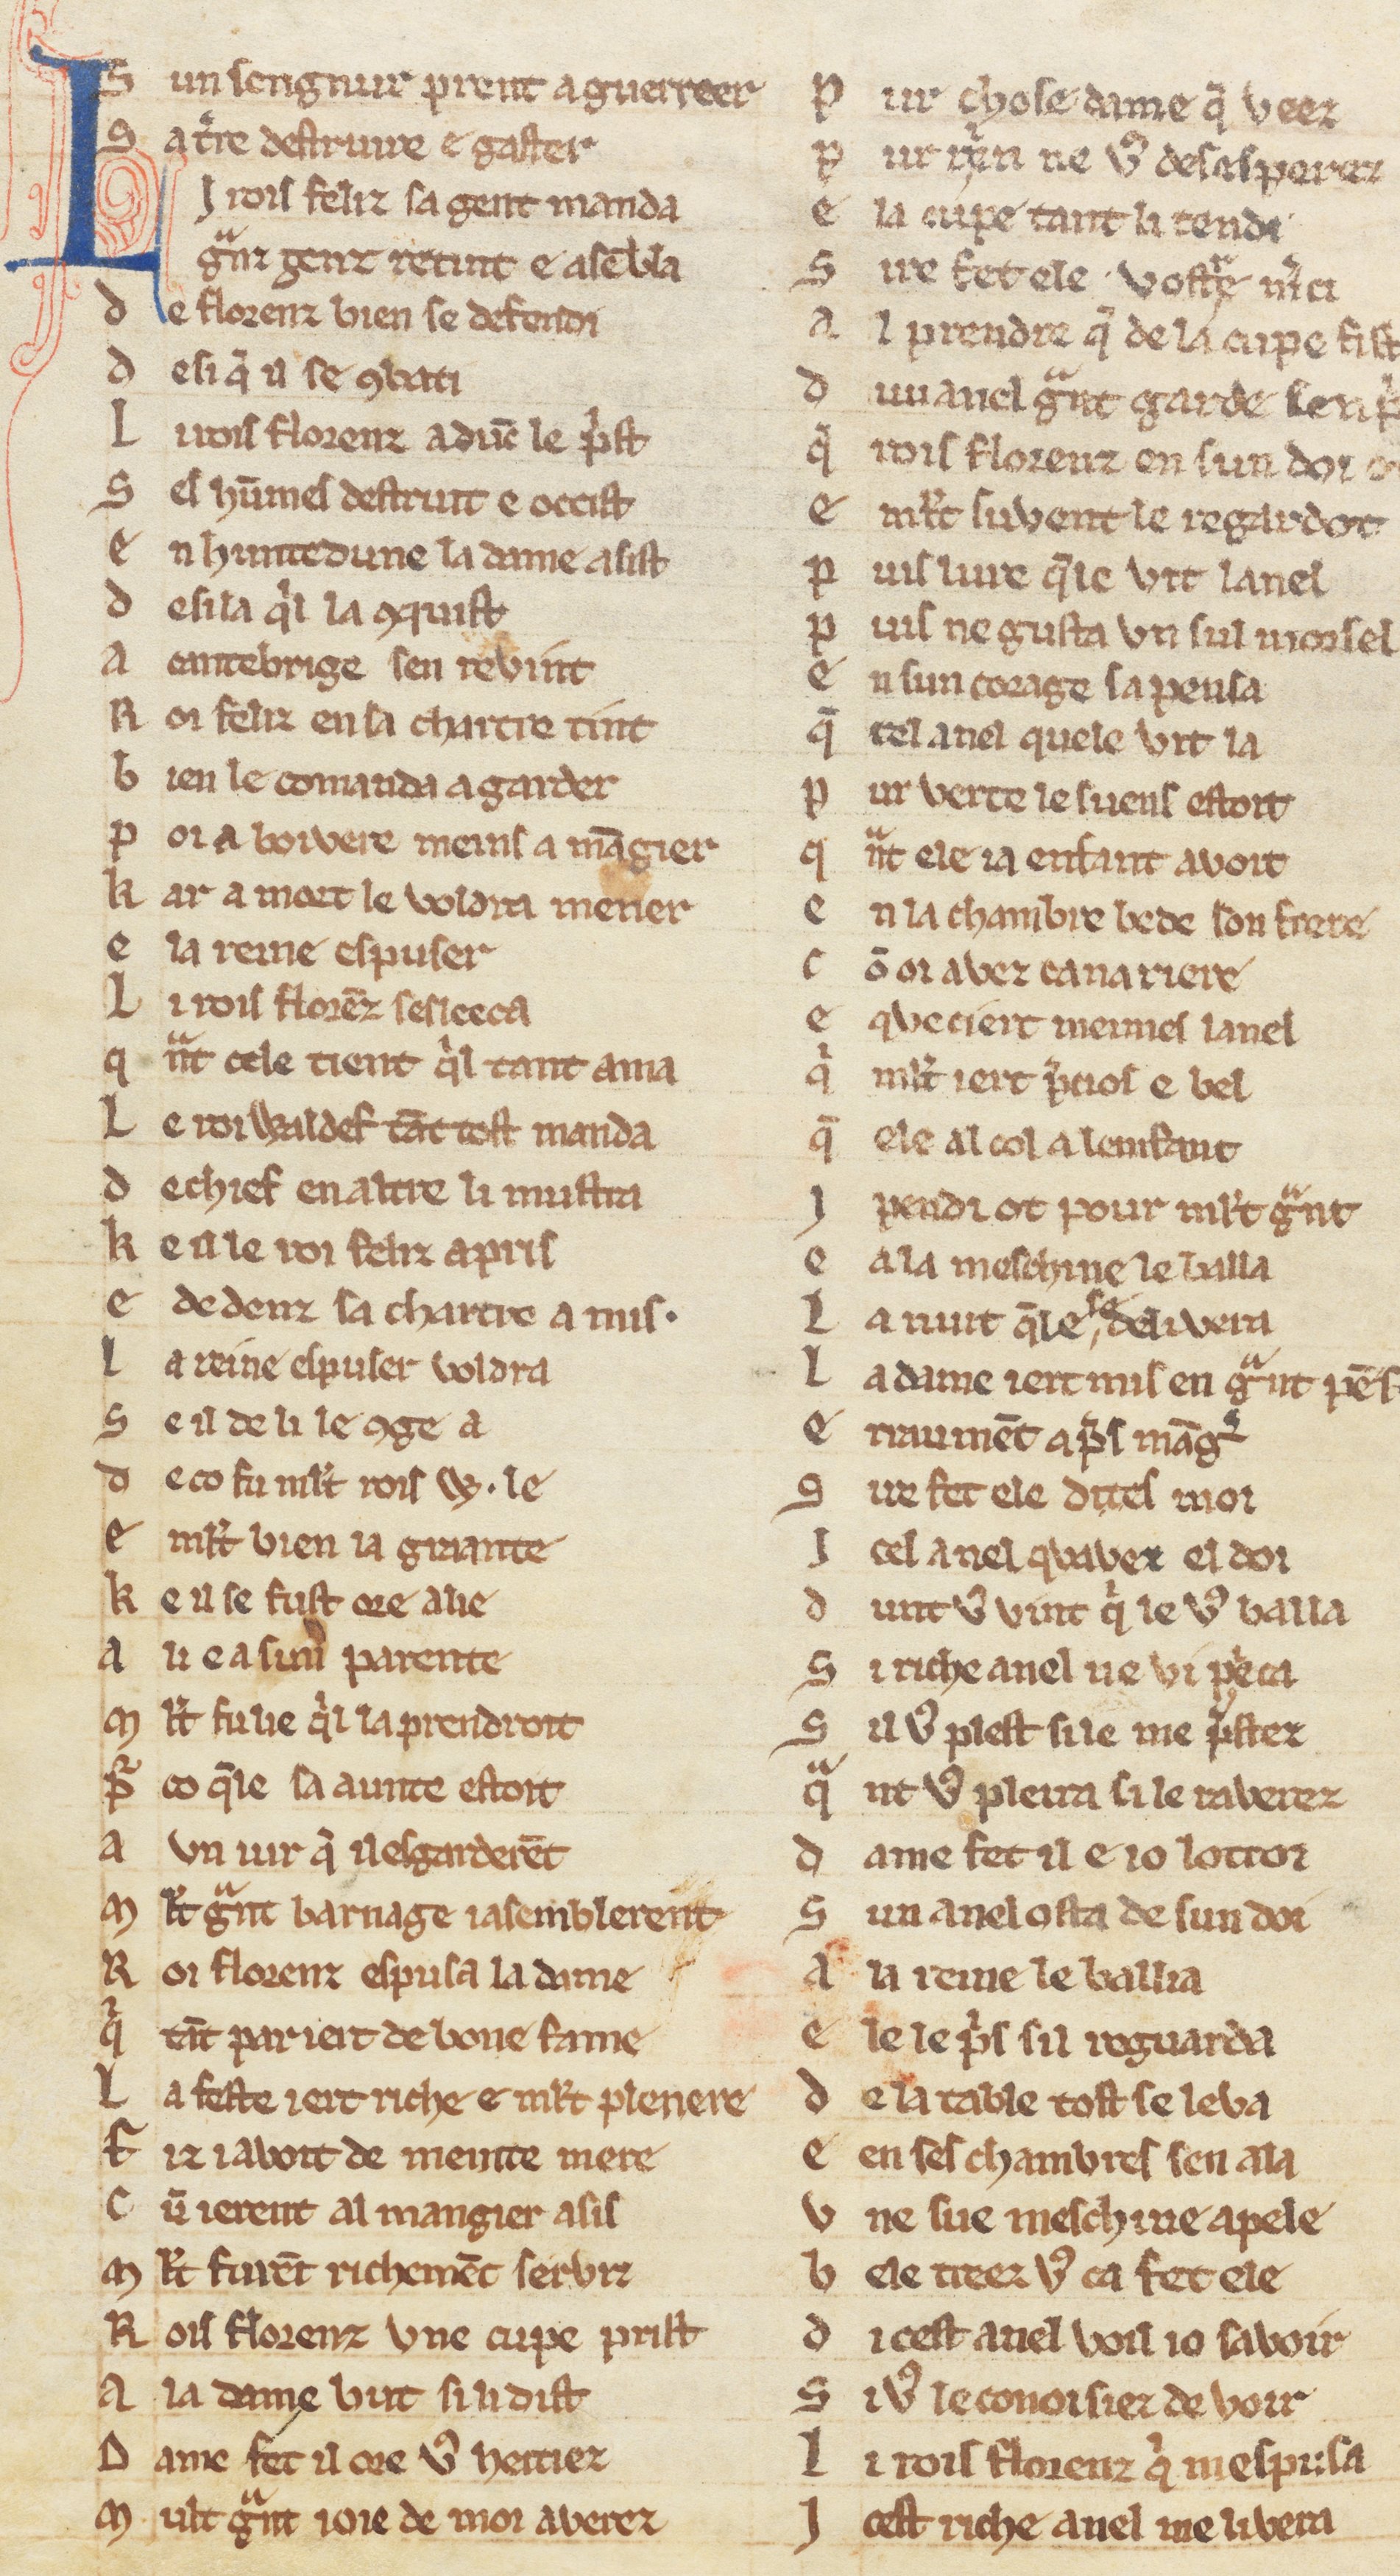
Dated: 1270–1330